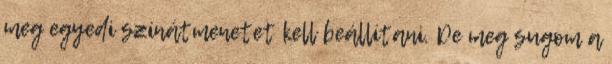
meg egyedi színátmenetet kell beállítani. De meg sugom a